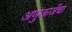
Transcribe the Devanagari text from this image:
अणुऊर्जेचा